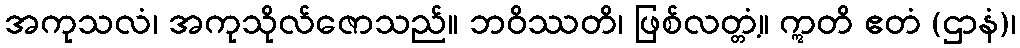
အကုသလံ၊ အကုသိုလ်ဇောသည်။ ဘဝိဿတိ၊ ဖြစ်လတ္တံ့။ ဣတိ ဧတံ (ဌာနံ)၊